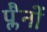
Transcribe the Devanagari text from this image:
प्लैनों